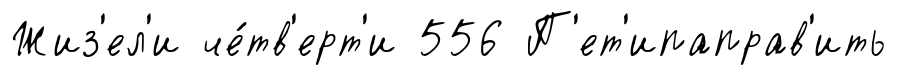
Жиз'ел'и че́тв'ерт'и 556 П'ет'ипаправ'ить